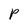
Character: p